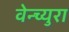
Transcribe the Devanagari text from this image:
वेन्च्युरा